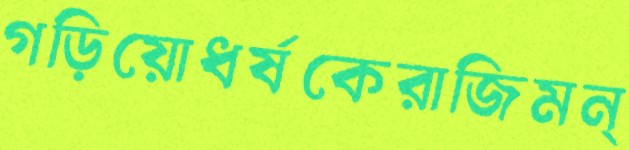
গড়িয়োধর্ষকেরাজিমন্